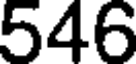
546